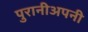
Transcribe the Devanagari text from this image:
पुरानीअपनी